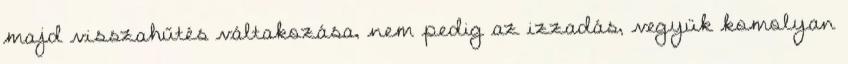
majd visszahűtés váltakozása, nem pedig az izzadás, vegyük komolyan